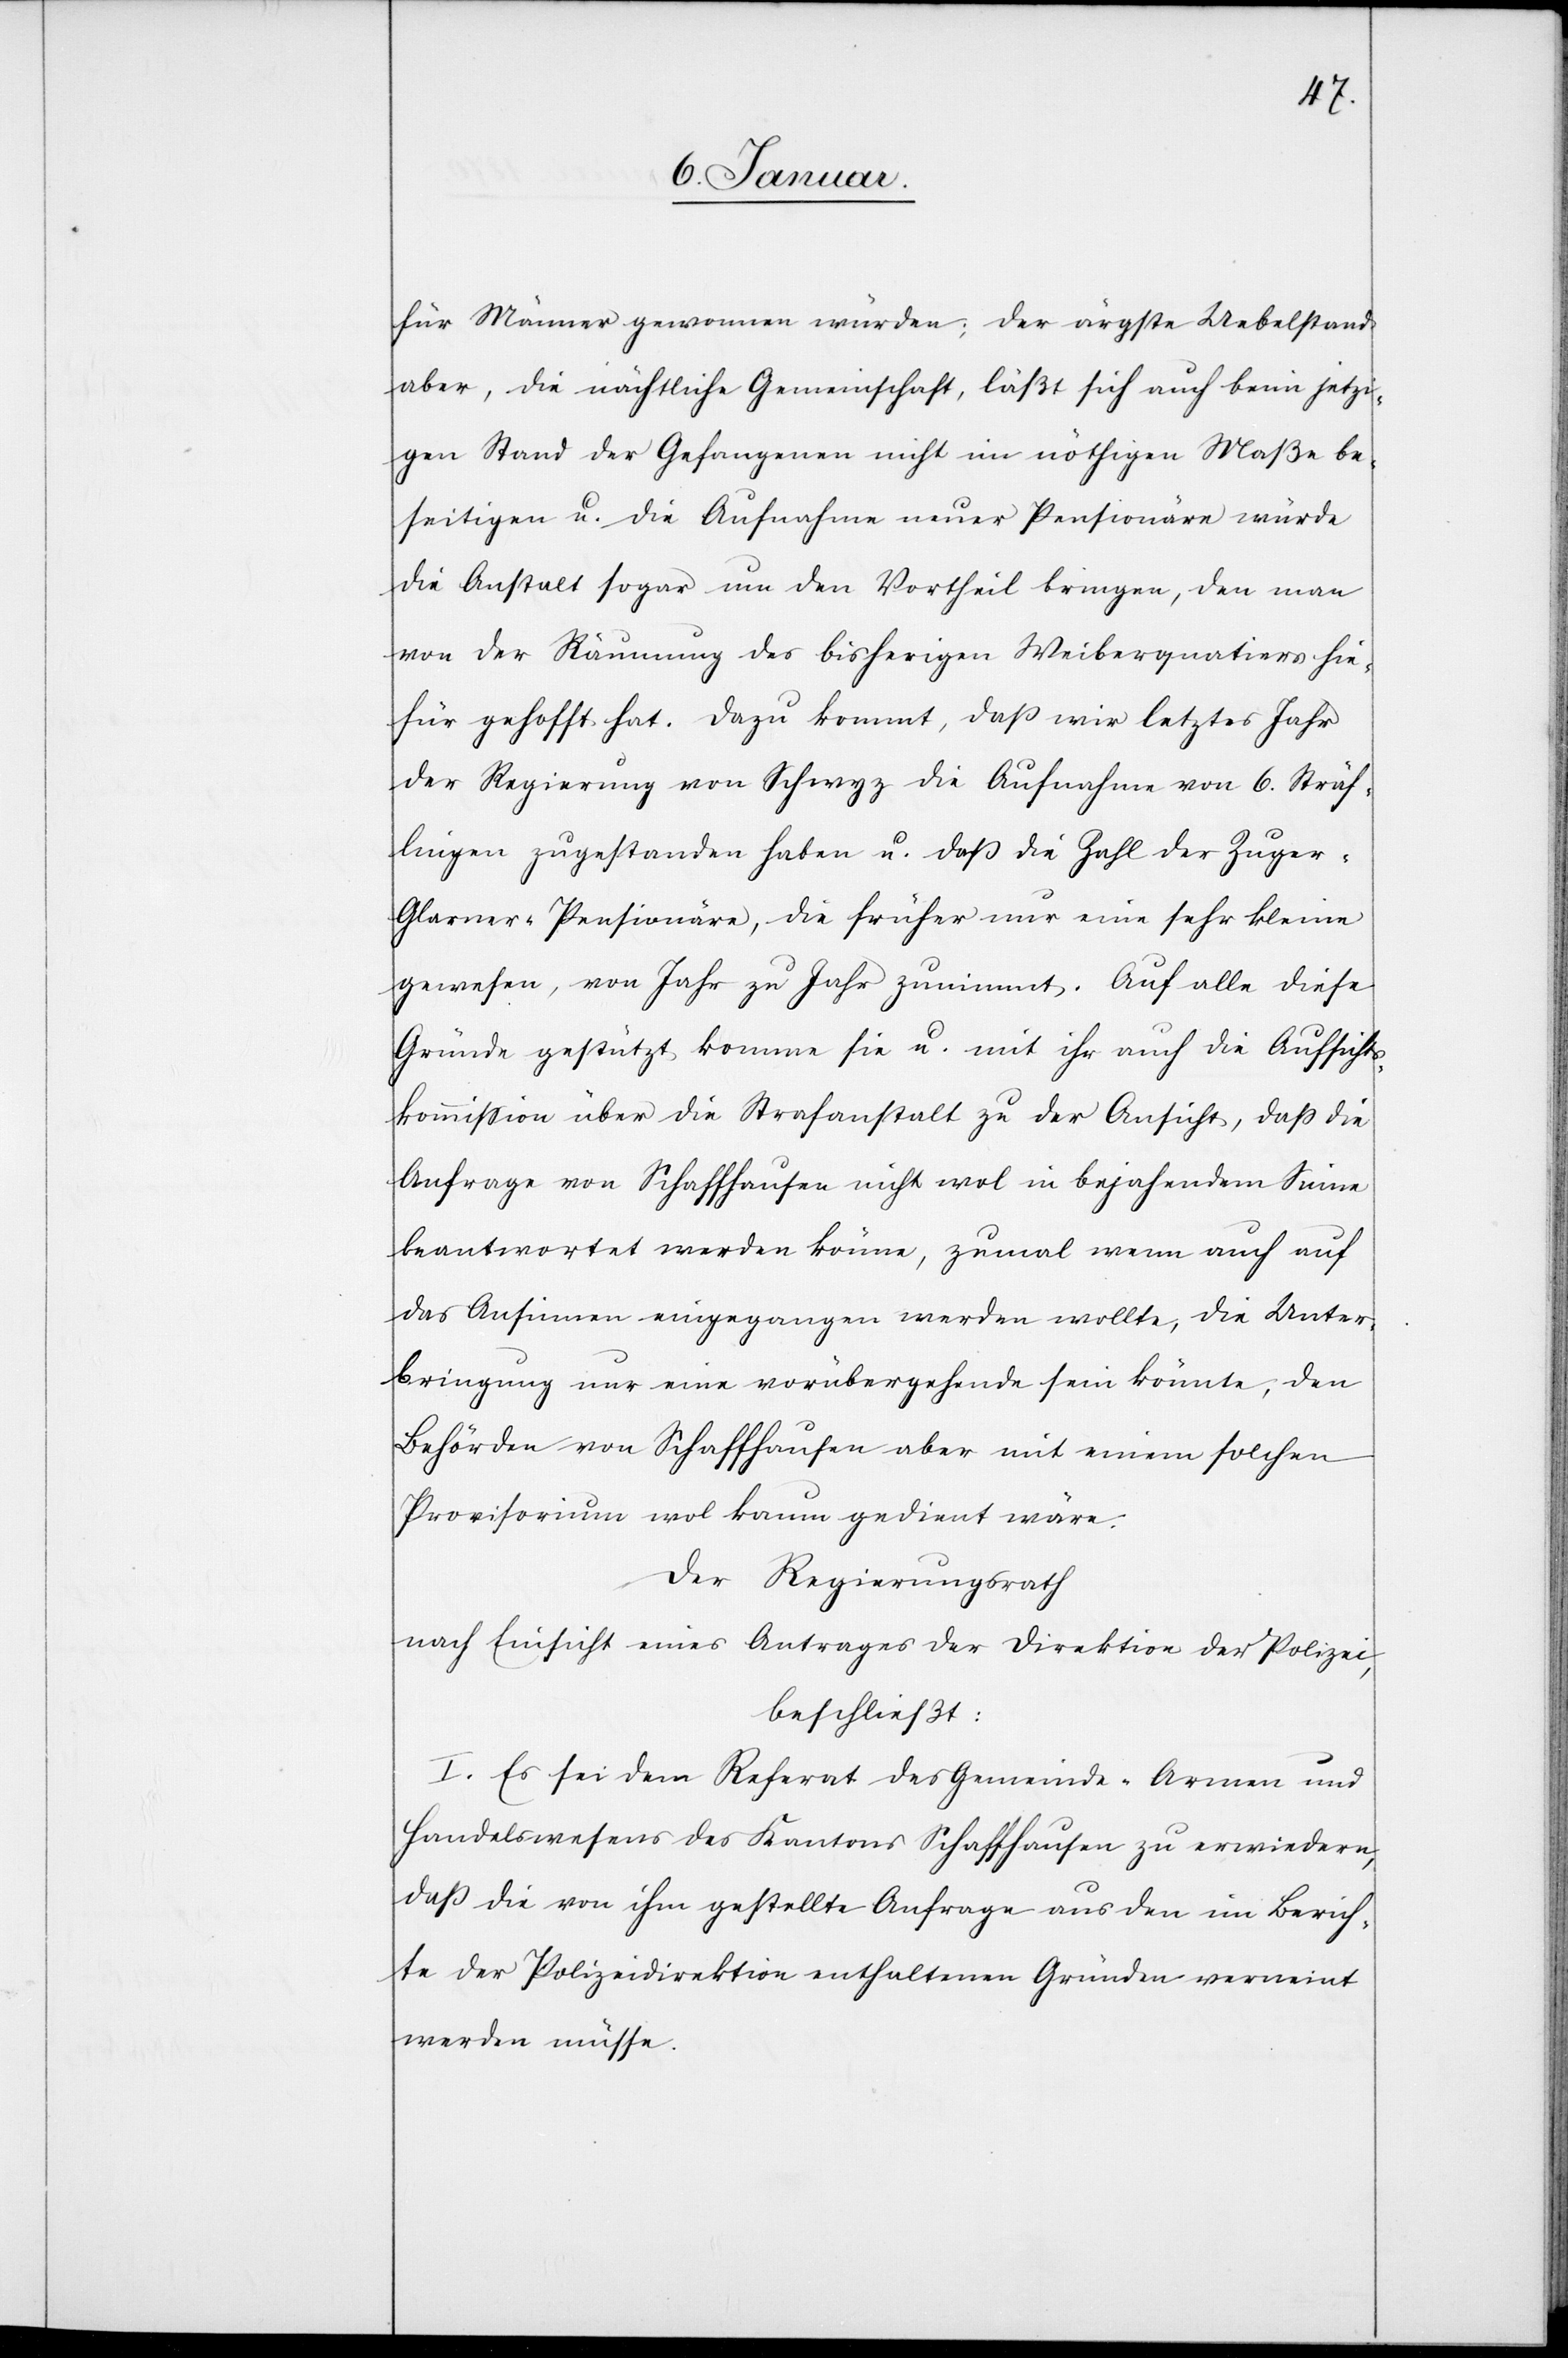
für Männer gewonnen würden; der ärgste Uebelstand
aber, die nächtliche Gemeinschaft, läßt sich auch beim jetzi¬
gen Stand der Gefangenen nicht im nöthigen Maße be¬
seitigen u. die Aufnahme neuer Pensionäre würde
die Anstalt sogar um den Vortheil bringen, den man
von der Räumung des bisherigen Weiberqua[r]tiers hie¬
für gehofft hat. Dazu kommt, daß wir letztes Jahr
der Regierung von Schwyz die Aufnahme von 6. Sträf¬
lingen zugestanden haben u. daß die Zahl der Zuger-G¬
larner-Pensionäre, die früher nur eine sehr kleine
gewesen, von Jahr zu Jahr zunimmt. Auf alle diese
Gründe gestützt komme sie u. mit ihr auch die Aufsichts¬
kommission über die Strafanstalt zu der Ansicht, daß die
Anfrage von Schaffhausen nicht wol in bejahendem Sinne
beantwortet werden könne, zumal wenn auch auf
das Ansinnen eingegangen werden wollte, die Unter¬
bringung nur eine vorübergehende sein könnte, den
Behörden von Schaffhausen aber mit einem solchen
Provisorium wol kaum gedient wäre.
Der Regierungsrath
nach Einsicht eines Antrages der Direktion der Polizei,
beschließt:
I. Es sei dem Referat des Gemeinde-Armen[-] und
Handelswesens des Kantons Schaffhausen zu erwiedern,
daß die von ihm gestellte Anfrage aus den im Berich¬
te der Polizeidirektion enthaltenen Gründen verneint
werden müsse.